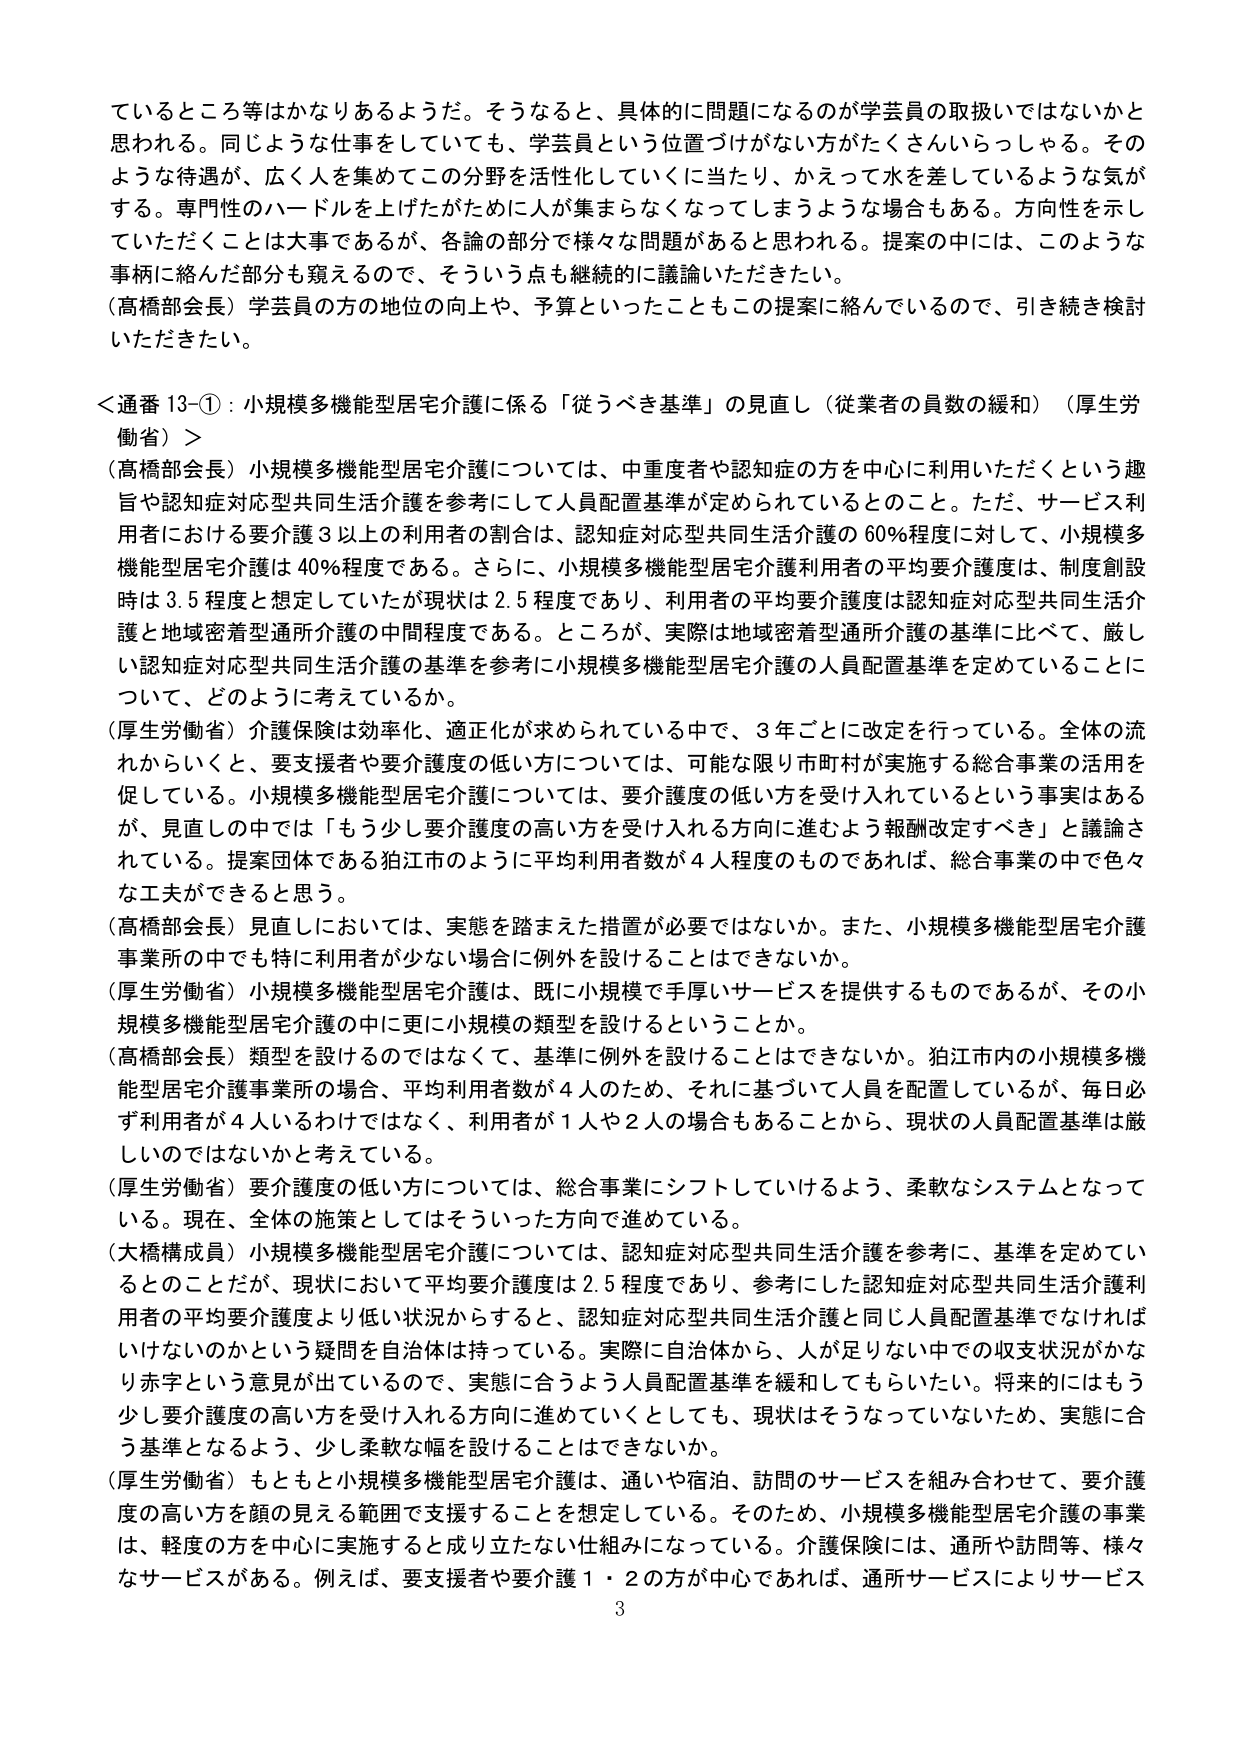
ているところ等はかなりあるようだ。そうなると、具体的に問題になるのが学芸員の取扱いではないかと思われる。同じような仕事をしていても、学芸員という位置づけがない方がたくさんいらっしゃる。そのような待遇が、広く人を集めてこの分野を活性化していくに当たり、かえって水を差しているような気がする。専門性のハードルを上げたがために人が集まらなくなってしまうような場合もある。方向性を示していただくことは大事であるが、各論の部分で様々な問題があると思われる。提案の中には、このような事柄に終んだ部分も窺えるので、そういう点も継続的に議論いただきたい。

（高橋部会長）学芸員の方の地位の向上や、予算といったこともこの提案に絡んでいるので、引き続き検討いただきたい。

＜通番 13-①：小規模多機能型居宅介護に係る「従うべき基準」の見直し（従業者の員数の緩和）（厚生労働省）＞

（高橋部会長）小規模多機能型居宅介護については、中重度者や認知症の方を中心に利用いただくという趣旨や認知症対応型共同生活介護を参考にして人員配置基準が定められているとのこと。ただ、サービス利用者における要介護３以上の利用者の割合は、認知症対応型共同生活介護の60％程度に対して、小規模多機能型居宅介護は40％程度である。さらに、小規模多機能型居宅介護利用者の平均要介護度は、制度創設時は3.5程度と想定していたが現状は2.5程度であり、利用者の平均要介護度は認知症対応型共同生活介護と地域密着型通所介護の中間程度である。ところが、実際は地域密着型通所介護の基準に比べて、厳しい認知症対応型共同生活介護の基準を参考に小規模多機能型居宅介護の人員配置基準を定めていることについて、どのように考えているか。

（厚生労働省）介護保険は効率化、適正化が求められている中で、3年ごとに改定を行っている。全体の流れからいくと、要支援者や要介護度の低い方については、可能な限り市町村が実施する総合事業の活用を促している。小規模多機能型居宅介護については、要介護度の低い方を受け入れているという事実はあるが、見直しの中では「もう少し要介護度の高い方を受け入れる方向に進むよう報酬改定すべき」と議論されている。提案団体である狛江市のように平均利用者数が4人程度のものであれば、総合事業の中で色々な工夫ができると思う。

（高橋部会長）見直しにおいては、実態を踏まえた措置が必要ではないか。また、小規模多機能型居宅介護事業所の中でも特に利用者が少ない場合に例外を設けることはできないか。

（厚生労働省）小規模多機能型居宅介護は、既に小規模で手厚いサービスを提供するものであるが、その小規模多機能型居宅介護の中に更に小規模の類型を設けるということか。

（高橋部会長）類型を設けるのではなくて、基準に例外を設けることはできないか。狛江市内の小規模多機能型居宅介護事業所の場合、平均利用者数が4人のため、それに基づいて人員を配置しているが、毎日必ず利用者が4人いるわけではなく、利用者が1人や2人の場合もあることから、現状の人員配置基準は厳しいのではないかと考えている。

（厚生労働省）要介護度の低い方については、総合事業にシフトしていけるよう、柔軟なシステムとなっている。現在、全体の施策としてはそういった方向で進めている。

（大橋構成員）小規模多機能型居宅介護については、認知症対応型共同生活介護を参考に、基準を定めているとのことだが、現状において平均要介護度は2.5程度であり、参考にした認知症対応型共同生活介護利用者の平均要介護度より低い状況からすると、認知症対応型共同生活介護と同じ人員配置基準でなければならないのかという疑問を自治体は持っている。実際に自治体から、人が足りない中での収支状況がかなり赤字という意見が出ているので、実態に合うよう人員配置基準を緩和してもらいたい。将来的にはもう少し要介護度の高い方を受け入れる方向に進めていくとしても、現状はそうなっていないため、実態に合う基準となるよう、少し柔軟な幅を設けることはできないか。

（厚生労働省）もともと小規模多機能型居宅介護は、通いや宿泊、訪問のサービスを組み合わせて、要介護度の高い方を顔の見える範囲で支援することを想定している。そのため、小規模多機能型居宅介護の事業は、軽度の方を中心に実施すると成り立たない仕組みになっている。介護保険には、通所や訪問等、様々なサービスがある。例えば、要支援者や要介護１・２の方が中心であれば、通所サービスによりサービス

3